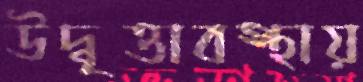
উদ্বৃত্তাবস্থায়